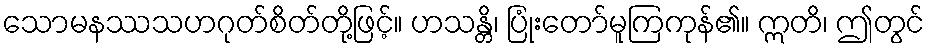
သောမနဿသဟဂုတ်စိတ်တို့ဖြင့်။ ဟသန္တိ၊ ပြုံးတော်မူကြကုန်၏။ ဣတိ၊ ဤတွင်